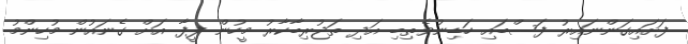
ފަށައިގަންނައިރު ފަސްބައި ހަޑިނުވެތިބި އަދި ތަޖުރިބާކާރު މީހުން ފީފާ އަށް ގެނައުން މުހިންމު